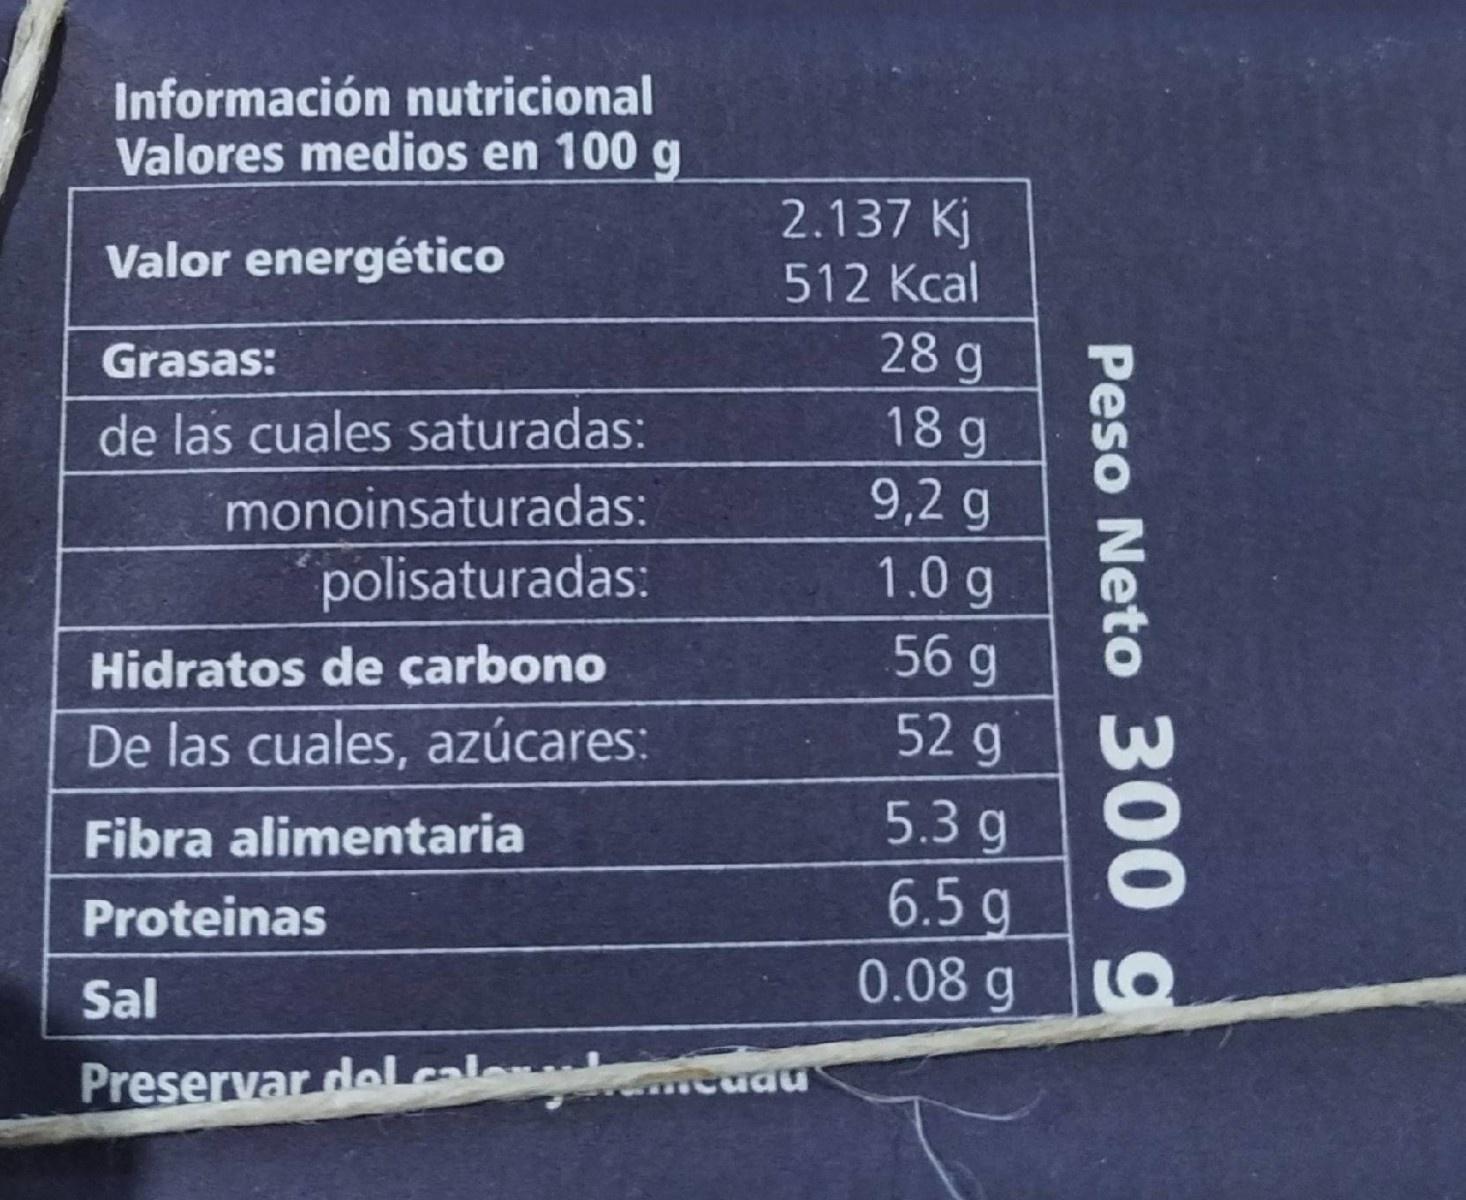
Información nutricional Valores medios en 100 g
2.137 Kj
Valor energético
512 Kcal
28 g 18g 9,2 g
Grasas:
de las cuales saturadas:
monoinsaturadas:
polisaturadas:
1.0 g
56 g
Hidratos de çarbono
52g
De las cuales, azúcares:
5.3 g 6.5g 0.08 g
Fibra alimentaria
Proteinas
Sal
Preservar delcale
cudu
Peso Neto 300 g